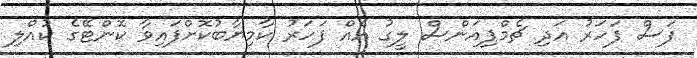
ފަސް ފަހަރު އަދި ޗެމްޕިއަންސް ލީގު އެއް ފަހަރު ކާމިޔާބުކޮށްފައިވާ ކޮންޓޭގެ ކުއްލި